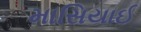
માસિયાઈ